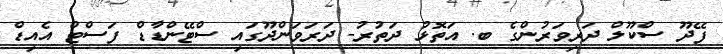
ފޭދޫ ސްކޫލް ދަރިވަރުންގެ ބ. އަތޮޅު ދަތުރު- ދަރަވަންދޫގައި ސްޓޭންޑާޑް ފަސްޓް އެއިޑް